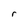
Character: r